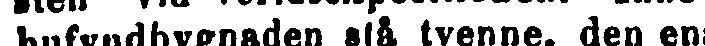
hufvudbygnaden stå tvenne, den en